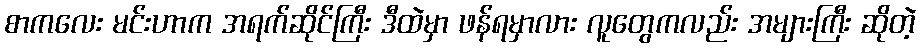
စာကလေး မင်းဟာက အရက်ဆိုင်ကြီး ဒီထဲမှာ ဖန်ရမှာလား လူတွေကလည်း အများကြီး ဆိုတဲ့